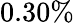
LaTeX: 0.30\%